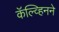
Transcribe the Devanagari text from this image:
कॅल्व्हिनने